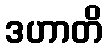
ဒဟာတိ